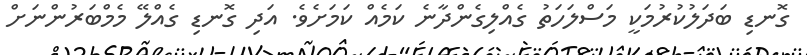
ގޮނޑި ބަދަލުކުރުމަކީ މަސްލަހަތު ގެއްލިގެންދާނެ ކަމެއް ކަމަށެވެ. އަދި ގޮނޑި ގެއްލޭ މެމްބަރުންނަށް